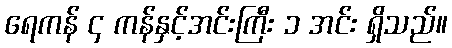
ရေကန် ၄ ကန်နှင့်အင်းကြီး ၁ အင်း ရှိသည်။